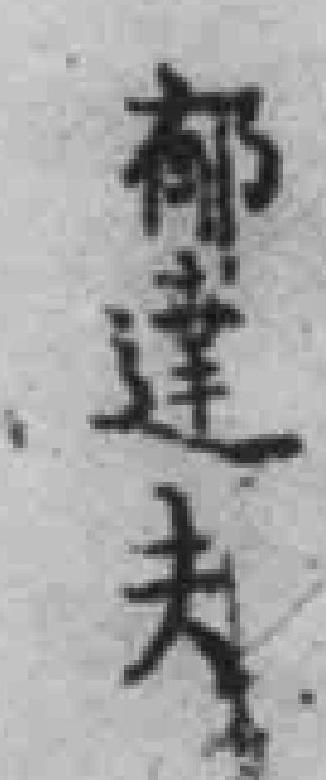
郁達夫